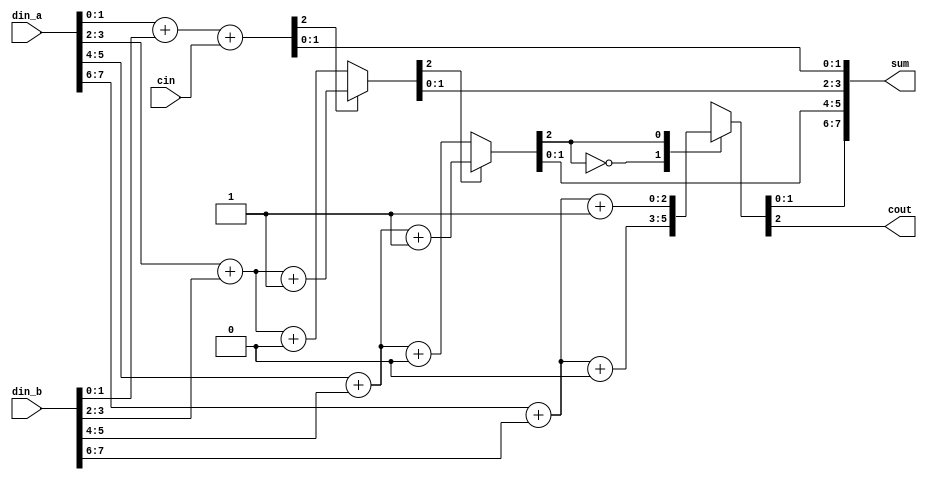
module jy_carry_select_adder(
  din_a,
  din_b,
  cin,
  sum,
  cout
);
input   [7:0] din_a;
input   [7:0] din_b;
input         cin;
output  [7:0] sum;
output reg cout;

wire carry_1;
wire carry_2;
reg  carry_3;


wire [1:0] sum_1;
wire [1:0] sum_2;
reg  [1:0] sum_3;
reg  [1:0] sum_4;


// assign 1 
assign {carry_1,sum_1} = {1'h0,din_a[1:0]} + {1'h0,din_b[1:0]} + {2'h0,cin};

// assign 2
assign {carry_2,sum_2} = (carry_1==1'b1)?  {1'h0,din_a[3:2]} + {1'h0,din_b[3:2]} + 3'b001:
                                           {1'h0,din_a[3:2]} + {1'h0,din_b[3:2]} + 3'b000;

// always 3
always @(carry_2 or din_a or din_b)
    begin
        if(carry_2==0)
            {carry_3, sum_3} = din_a[5:4] + din_b[5:4] + 3'b000;
        else
            {carry_3, sum_3} = din_a[5:4] + din_b[5:4] + 3'b001;
    end

// always 4
always @(carry_3 or din_a or din_b)
    begin
        case(carry_3)
            2'h0: {cout, sum_4} = din_a[7:6] + din_b[7:6] + 3'b000;
            2'h1: {cout, sum_4} = din_a[7:6] + din_b[7:6] + 3'b001;
            default: {cout, sum_4} = din_a[7:6] + din_b[7:6] + 3'b000;
        endcase
    end
    
assign sum ={sum_4,sum_3,sum_2,sum_1};

endmodule